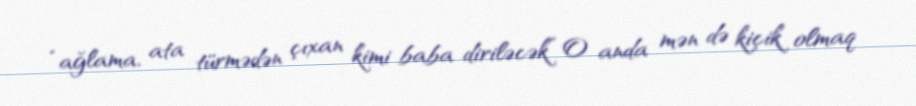
“ağlama, ata türmədən çıxan kimi baba diriləcək” O anda mən də kiçik olmaq